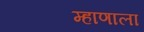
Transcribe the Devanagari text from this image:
म्हाणाला